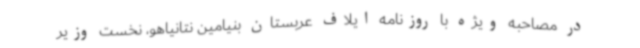
در مصاحبه ویژه با روزنامه ایلاف عربستان بنیامین نتانیاهو، نخست وزیر